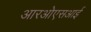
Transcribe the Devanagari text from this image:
आरओएसआई